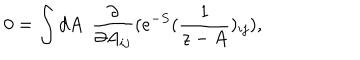
0 = \int d A ~ ~ { \frac { \partial } { \partial A _ { i j } } } ( e ^ { - S } ( { \frac { 1 } { z - A } } ) _ { i j } ) ,